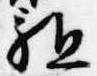
駈